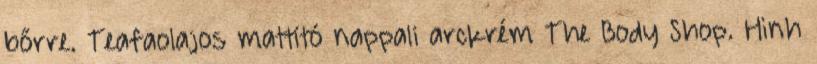
bőrre. Teafaolajos mattító nappali arckrém The Body Shop. Hình